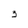
Character: 3